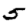
Digit: 5